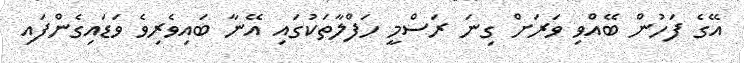
އޭގެ ފަހުން ބޭއްވި ވަރަށް ގިނަ ރަސްމީ ހަފްލާތަކުގައި އޭނާ ބައިވެރިވެ ވަޑައިގެންފައި